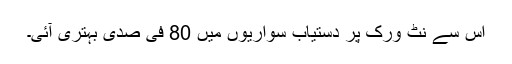
اس سے نٹ ورک پر دستیاب سواریوں میں 80 فی صدی بہتری آئی۔